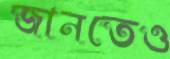
জানতেও